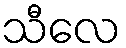
သီလေ